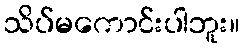
သိပ်မကောင်းပါဘူး။